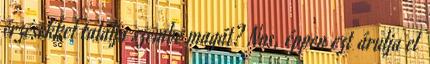
érzésekkel találja szembe magát? Nos, éppen ezt árulja el